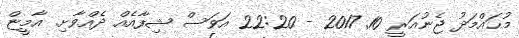
މުޙައްމަދު ޖެނުއަރީ 10